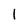
Character: 1